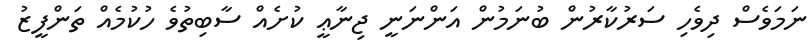
ނަމަވެސް ދިވެހި ސަރުކާރުން ބުނަމުން އަންނަނީ ޖިނާޢީ ކުށެއް ސާބިތުވެ ހުކުމެއް ތަންފީޒު